Education (Scotland) Act, 1918, 1918
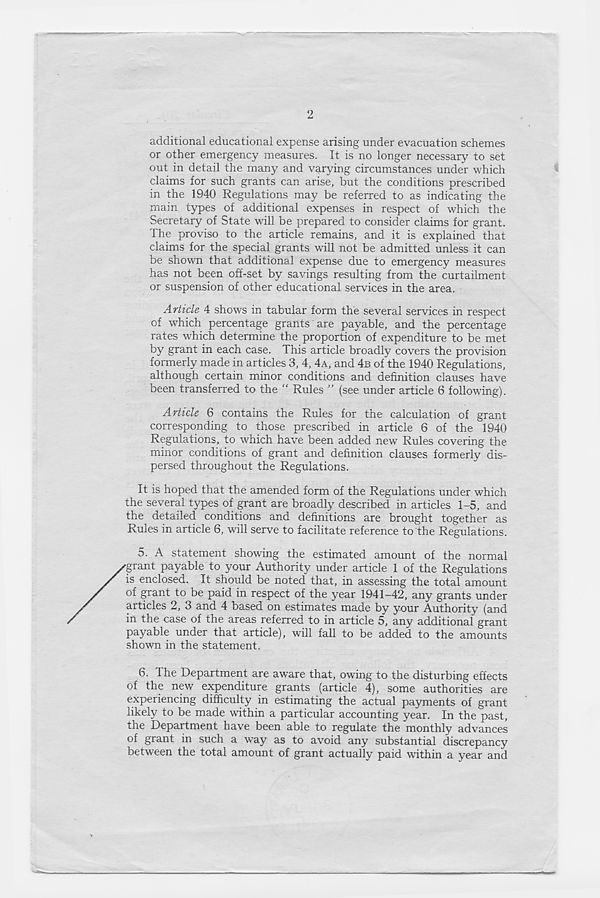
2
additional educational expense arising under evacuation schemes
or other emergency measures. It is no longer necessary to set
out in detail the many and varying circumstances under which
claims for such grants can arise, but the conditions prescribed
in the 1940 Regulations may be referred to as indicating the
main types of additional expenses in respect of which the
Secretary of State will be prepared to consider claims for grant.
The proviso to the article remains, and it is explained that
claims for the special grants will not be admitted unless it can
be shown that additional expense due to emergency measures
has not been off-set by savings resulting from the curtailment
or suspension of other educational services in the area.
Article 4 shows in tabular form the several services in respect
of which percentage grants are payable, and the percentage
rates which determine the proportion of expenditure to be met
by grant in each case. This article broadly covers the provision
formerly made in articles 3, 4, 4A, and 4B of the 1940 Regulations,
although certain minor conditions and definition clauses have
been transferred to the “ Rules ” (see under article 6 following).
Article 6 contains the Rules for the calculation of grant
corresponding to those prescribed in article 6 of the 1940
Regulations, to which have been added new Rules covering the
minor conditions of grant and definition clauses formerlv dis-
persed throughout the Regulations.
It is hoped that the amended form of the Regulations under which
the several types of grant are broadly described in articles 1-5, and
the detailed conditions and definitions are brought together as
Rules in article 6, will serve to facilitate reference to the Regulations.
5. A statement showing the estimated amount of the normal
grant payable to your Authority under article 1 of the Regulations
is enclosed. It should be noted that, in assessing the total amount
of grant to be paid in respect of the year 1941-42, any grants under
articles 2, 3 and 4 based on estimates made by your Authority (and
in the case of the areas referred to in article 5, any additional grant
payable under that article), will fall to be added to the amounts
shown in the statement.
6. The Department are aware that, owing to the disturbing effects
of the new expenditure grants (article 4), some authorities are
experiencing difficulty in estimating the actual payments of grant
likely to be made within a particular accounting year. In the past,
the Department have been able to regulate the monthly advances
of grant in such a way as to avoid any substantial discrepancy
between the total amount of grant actually paid within a year and